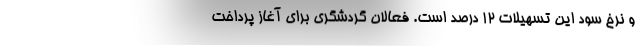
و نرخ سود این تسهیلات ۱۲ درصد است. فعالان گردشگری برای آغاز پرداخت